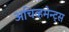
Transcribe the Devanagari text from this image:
अचिव्हमेन्ट्स